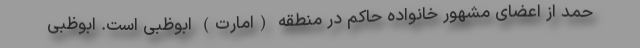
حمد از اعضای مشهور خانواده حاکم در منطقه (امارت) ابوظبی است. ابوظبی